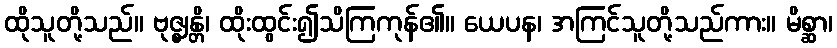
ထိုသူတို့သည်။ ဗုဇ္ဈန္တိ၊ ထိုးထွင်း၍သိကြကုန်၏။ ယေပန၊ အကြင်သူတို့သည်ကား။ မိစ္ဆာ၊